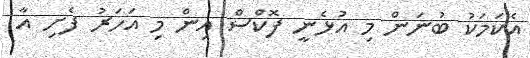
އެކަމަކު ބުނަން މި އުޅެނީ ފޮކްސް އިން މި އަހަރު ފެށި އާ